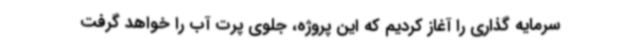
سرمایه گذاری را آغاز کردیم که این پروژه، جلوی پرت آب را خواهد گرفت